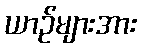
ယာဉ်များအား